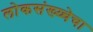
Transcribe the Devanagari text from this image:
लोकसंख्य्चेचा